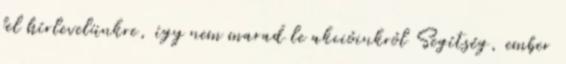
fel hírlevelünkre, így nem marad le akcióinkról Segítség, ember